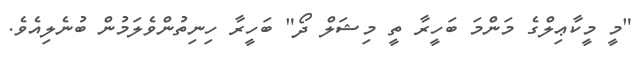
"މީ މީކާޢިލްގެ މަންމަ ބަހީރާ ތީ މިޝަލް ދޯ" ބަހީރާ ހިނިތުންވެލަމުން ބުނެލިއެވެ.